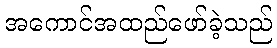
အကောင်အထည်ဖော်ခဲ့သည်